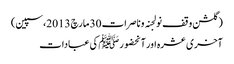
(گلشن وقف نولجنہ وناصرات 30 مارچ 2013،سپین)
آخری عشرہ اور آنحضورﷺ کی عبادات